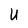
Character: U